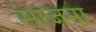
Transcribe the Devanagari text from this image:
साजना